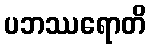
ပဘဿရောတိ